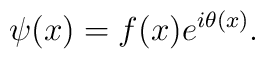
\psi(x)=f(x)e^{i\theta(x)}.